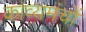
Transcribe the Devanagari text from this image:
काव्यमंचों